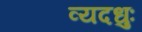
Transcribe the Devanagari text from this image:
व्यदधुः